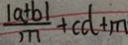
\frac { \vert a + b \vert } { n } + c d + m